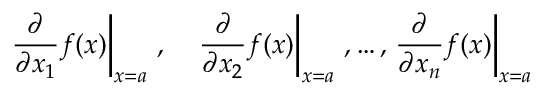
\left. { \frac { \partial } { \partial x _ { 1 } } } f ( { \boldsymbol { x } } ) \right| _ { { \boldsymbol { x } } = { \boldsymbol { a } } } \, , \quad \left. { \frac { \partial } { \partial x _ { 2 } } } f ( { \boldsymbol { x } } ) \right| _ { { \boldsymbol { x } } = { \boldsymbol { a } } } \, , \ldots , \left. { \frac { \partial } { \partial x _ { n } } } f ( { \boldsymbol { x } } ) \right| _ { { \boldsymbol { x } } = { \boldsymbol { a } } }